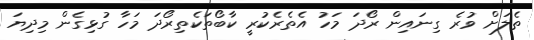
ތެލަށް ވުރެ ގިނައިން ރޯދަ މަހު އެތެރެކުރީ ކާބޯތަކެތިރޯދަ މަހާ ގުޅިގެން މިދިޔަ